Morphology and life history of Herpetomonas culicis, Novy, MacNeal and Torrey - Number 57
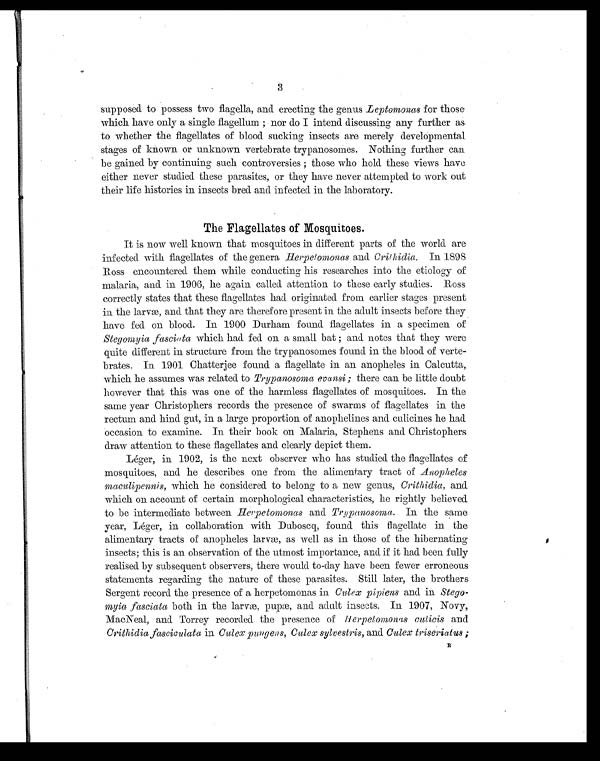
3
supposed to possess two flagella, and erecting the genus Leptomonas for those
which have only a single flagellum ; nor do I intend discussing any further as.
to whether the flagellates of blood sucking insects are merely developmental
stages of known or unknown vertebrate trypanosomes. Nothing further can
be gained by continuing such controversies ; those who hold these views have
either never studied these parasites, or they have never attempted to work out
their life histories in insects bred and infected in the laboratory.
The Flagellates of Mosquitoes.
It is now well known that mosquitoes in different parts of the world are
infected with flagellates of the genera Herpetomonas and Crithidia. In 1898
Ross encountered them while conducting his researches into the etiology of
malaria, and in 1906, he again called attention to these early studies. Ross
correctly states that these flagellates had originated from earlier stages present
in the larvæ, and that they are therefore present in the adult insects before they
have fed on blood. In 1900 Durham found flagellates in a specimen of
Stegomyia fasciata which had fed on a small bat ; and notes that they were
quite different in structure from the trypanosomes found in the blood of verte
brates. In 1901 Chatterjee found a flagellate in an anopheles in Calcutta,
which he assumes was related to Trypanosoma evansi ; there can be little doubt
however that this was one of the harmless flagellates of mosquitoes. In the
same year Christophers records the presence of swarms of flagellates in the
rectum and hind gut, in a large proportion of anophelines and culicines he had
occasion to examine. In their book on Malaria, Stephens and Christophers
draw attention to these flagellates and clearly depict them.
Léger, in 1902, is the next observer who has studied the flagellates of
mosquitoes, and he describes one from the alimentary tract of Anopheles
maculipennis, which he considered to belong to a new genus, Crithidia, and
which on account of certain morphological characteristics, he rightly believed
to be intermediate between Herpetomonas and Trypanosoma. In the same
year, Léger, in collaboration with Duboscq, found this flagellate in the
alimentary tracts of anopheles larvæ, as well as in those of the hibernating
insects; this is an observation of the utmost importance, and if it had been fully
realised by subsequent observers, there would to-day have been fewer erroneous
statements regarding the nature of these parasites. Still later, the brothers
Sergent record the presence of a herpetomonas in Culex pipiens and in Stego-
myia fasciata both in the larvæ, pupæ, and adult insects. In 1907, Novy,
MacNeal, and Torrey recorded the presence of Herpetomonas culicis and
Crithidia fasciculata in Culex pungens, Culex sylvestris, and Culex triseriatus ;